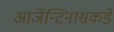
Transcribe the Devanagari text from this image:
आर्जेन्टिनासकडे